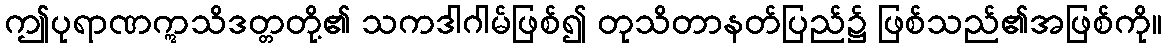
ဤပုရာဏဣသိဒတ္တတို့၏ သကဒါဂါမ်ဖြစ်၍ တုသိတာနတ်ပြည်၌ ဖြစ်သည်၏အဖြစ်ကို။